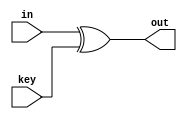
`timescale 1ns / 1ps
//////////////////////////////////////////////////////////////////////////////////
// Company: 
// Engineer: 
// 
// Design Name: 
// Module Name:    AddRoundKey 
// Project Name: 
// Target Devices: 
// Tool versions: 
// Description: 
//
// Dependencies: 
//
// Revision: 
// Revision 0.01 - File Created
// Additional Comments: 
//
//////////////////////////////////////////////////////////////////////////////////
module AddRoundKey(in,key,out);

	input [127:0] in,key;
	output [127:0] out;

	assign out=in^key;

endmodule